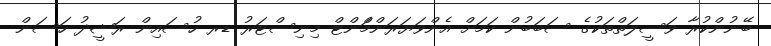
ބޭނުންކުރާ ވަސީލަތްތަކުގެ ސަބަބުން ކަމަށް އެންވަޔަރަންމްަންޓް މިނިސްޓަރު ޑރ ހުސައިން ރަޝީދު ހަސަން